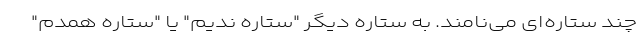
چند ستاره‌ای می‌نامند. به ستاره دیگر "ستاره ندیم" یا "ستاره همدم"